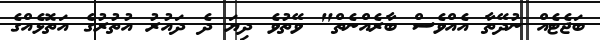
ބަޖެޓެއް ނުދޭތާ އެއްވެސް ބާރެއްނެތް" ވޭތުވެ ދިޔަ ދެ ދައުރު އުތުރުގެ އަތޮޅެއްގެ